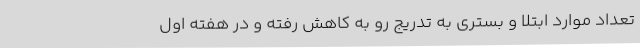
تعداد موارد ابتلا و بستری به تدریج رو به کاهش رفته و در هفته اول